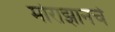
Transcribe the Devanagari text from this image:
मोराझानचे